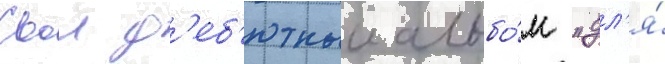
Свои д'еб'ютныи альбо́м "дл'я́